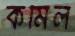
কমিল